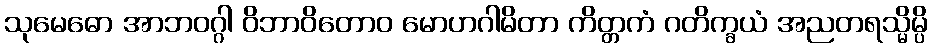
သုမေဓော အာဘဝဂ္ဂါ ဝိဘာဝိတောဝ မောဟဂါမိတာ ကိတ္တကံ ဂတိက္ခယံ အညတရသ္မိမ္ပိ